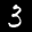
Label: 3